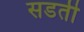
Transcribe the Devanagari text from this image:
सडती